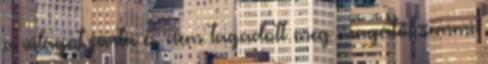
a világot járta és nem tagadott meg magától semmi